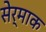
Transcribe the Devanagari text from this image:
सेर्माक